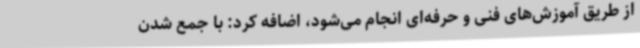
از طریق آموزش‌های فنی و حرفه‌ای انجام می‌شود، اضافه کرد: با جمع شدن